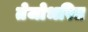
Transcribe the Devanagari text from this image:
तेजोभरित